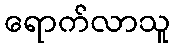
ရောက်လာသူ